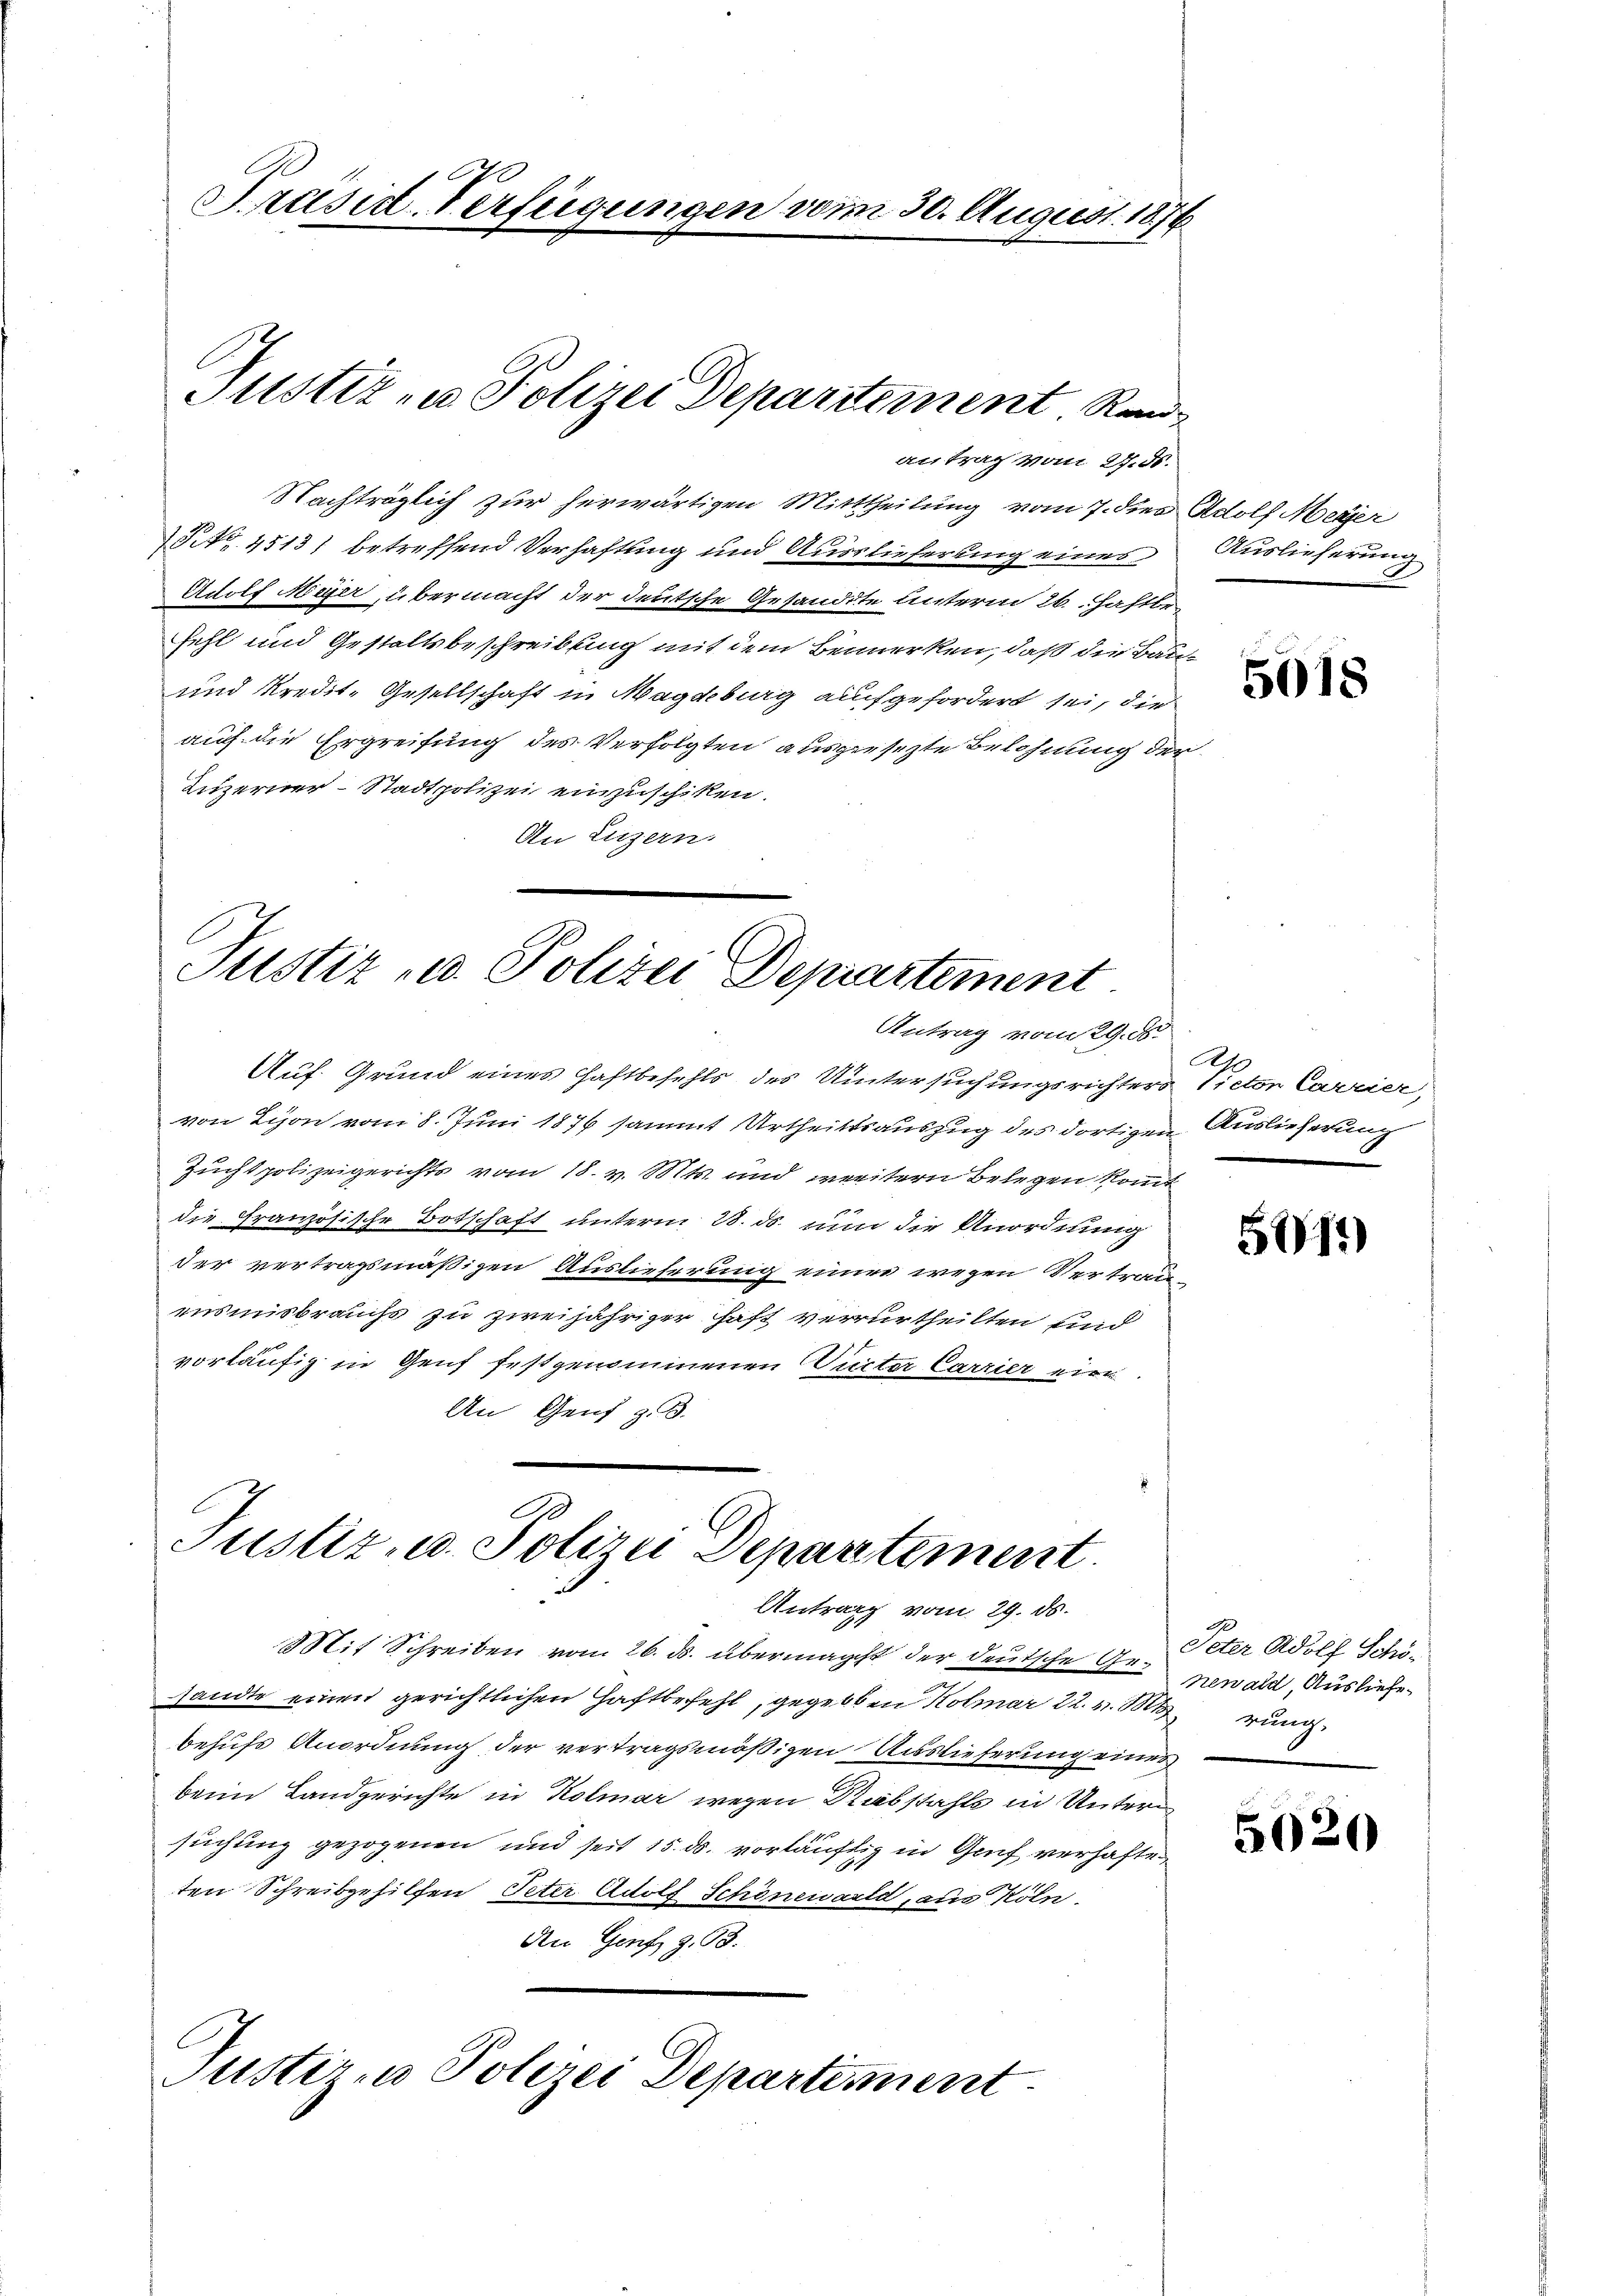
Präsid-Verfügungen vom 30. August 1876

antrag vom 27. ds.
Nachträglich zur herwärtigen Mitttheilung vom 7. die Adolf Meyer
NNo. 45131 betreffend Verhaftung und Auslieferung eines
Auolf Miser, übermacht der deutsche Gesandte unterm 26. Haftbe-
fehl und Gestaltsbeschreibung mit dem Bemerken, daß die Bau¬
und Kredit. Gesellschaft in Magdeburg aufgefordert sei, die
auf die Ergreifung des Verfolgten ausgesezte Belohnung der
Luzerner-Stadtpolizei einzuschiken.
An Luzern.

Justiz- u Polizei Departement Ran

Justiz- u. Polizei Departement
Antrag vom 29. ds.

Auf Grund eines Haftbefehls des Untersuchungsrichters Victor Carrier,
von Lyon vom 8. Juni 1876 sammt Urtheiltsauszug des dortigen Auslieferung
Zuchtpolizeigerichts vom 18. v. Mts. und weitern Belegen kommt
die Französische Botschaft unterm 28. ds. nun die Anordnung
der vertragsmäßigen Auslieferung einer wegen Vertrau
ensmisbrauchs zu zweijähriger haft verurtheilten und
vorläufig in Genf festgenommenen Victor Carrier eine
An Genf z. B.

A
Justiz- u. Polizei Departement.
Antrag vom 29. ds.

Mit Schreiben vom 26. ds. übermacht der deutsche Gegen alt, Ausliefesandte einen gerichtlichen Haftbefehl, gegeben Kolmar 22. v. M. rung
behufs Anordnung der vertragsmäßigen Auslieferung eines
beim Landgerichte in Kolmar wegen Rebstahle in Untern
suchung gezogenen und seit 15. ds. vorläuftig in Genf verhaften
ten Schreibgehilfen Peter Adolf Schönewald, aus Köln¬
An Genf, Z. 93.

Justiren Polizei Departement.

Auslieferung

5018

Ah

5912)

Peter Adolf Schö-

5020